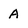
Character: A